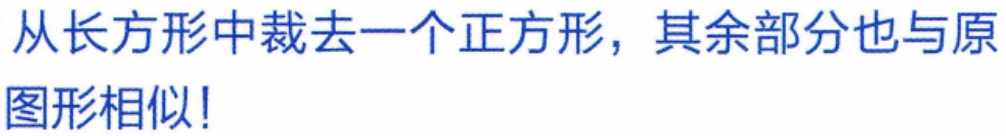
从长方形中裁去一个正方形，其余部分也与原图形相似！